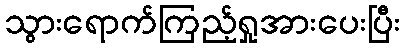
သွားရောက်ကြည့်ရှုအားပေးပြီး